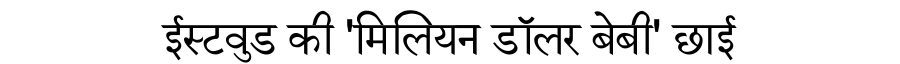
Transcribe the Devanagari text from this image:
ईस्टवुड की 'मिलियन डॉलर बेबी' छाई